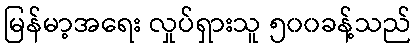
မြန်မာ့အရေး လှုပ်ရှားသူ ၅၀၀ခန့်သည်